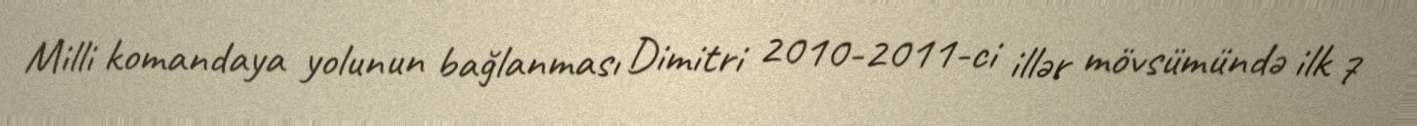
Milli komandaya yolunun bağlanması Dimitri 2010-2011-ci illər mövsümündə ilk 7